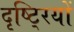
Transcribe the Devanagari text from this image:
दृष्टि्रयों